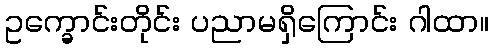
ဥက္ခောင်းတိုင်း ပညာမရှိကြောင်း ဂါထာ။